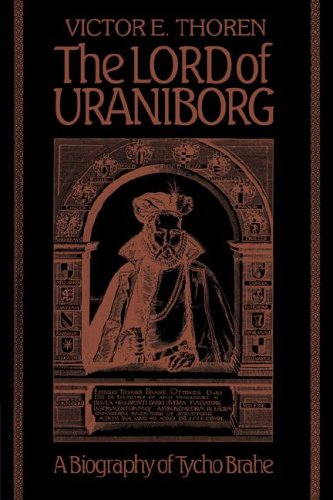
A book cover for The Lord of Uraniborg: A Biography of Tycho Brahe; Victor E. Thoren; Engineering & Transportation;